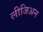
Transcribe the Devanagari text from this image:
लीजिअन